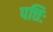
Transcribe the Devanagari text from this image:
पत्तिः